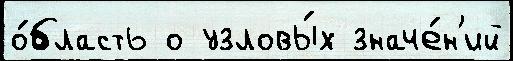
о́бласть о узловы́х значе́н'ий